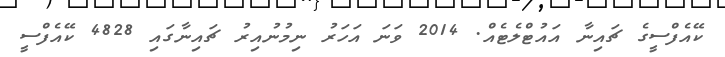
ކޭއެފްސީގެ ޗައިނާ އައުޓްލެޓެއް. 2014 ވަނަ އަހަރު ނިމުނުއިރު ޗައިނާގައި 4828 ކޭއެފްސީ